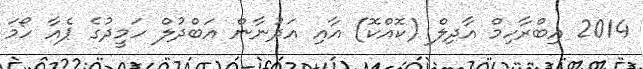
2014 އިބްރާހިމް އާދިލް (ކޮއްކޮ) އާއި އަދުނާން އަބްދުލް ހަމީދުގެ ޕެއާ ހޯމަ